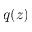
q ( z )